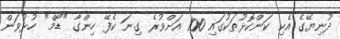
ދުނިޔޭގެ އެކި ކަންކޮޅުތަކުގައި 100 އަށްވުރެ ގިނަ ކެފޭ ހިންގާ "ޑޯމް" ހުޅުވަން